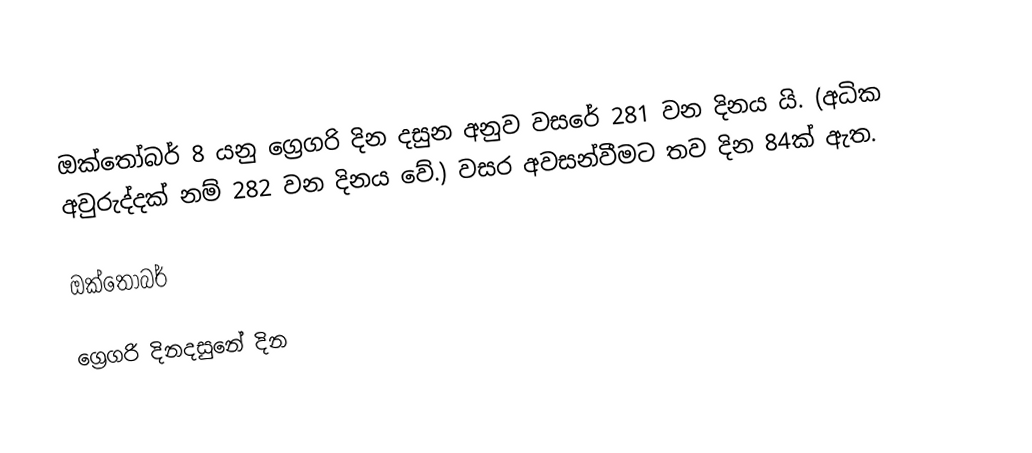
ඔක්තෝබර් 8 යනු ග්‍රෙගරි දින දසුන අනුව වසරේ 281 වන දිනය යි. (අධික අවුරුද්දක් නම් 282 වන දිනය වේ.) වසර අවසන්වීමට තව දින 84ක් ඇත.

ඔක්තෝබර්

ග්‍රෙගරි දිනදසුනේ දින